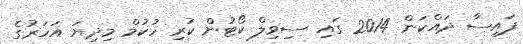
ފައިސާ ދައްކަން 2014 ގައި ސިވިލް ކޯޓުން ކުރި ހުކުމް މިދިޔަ އަހަރުގެ